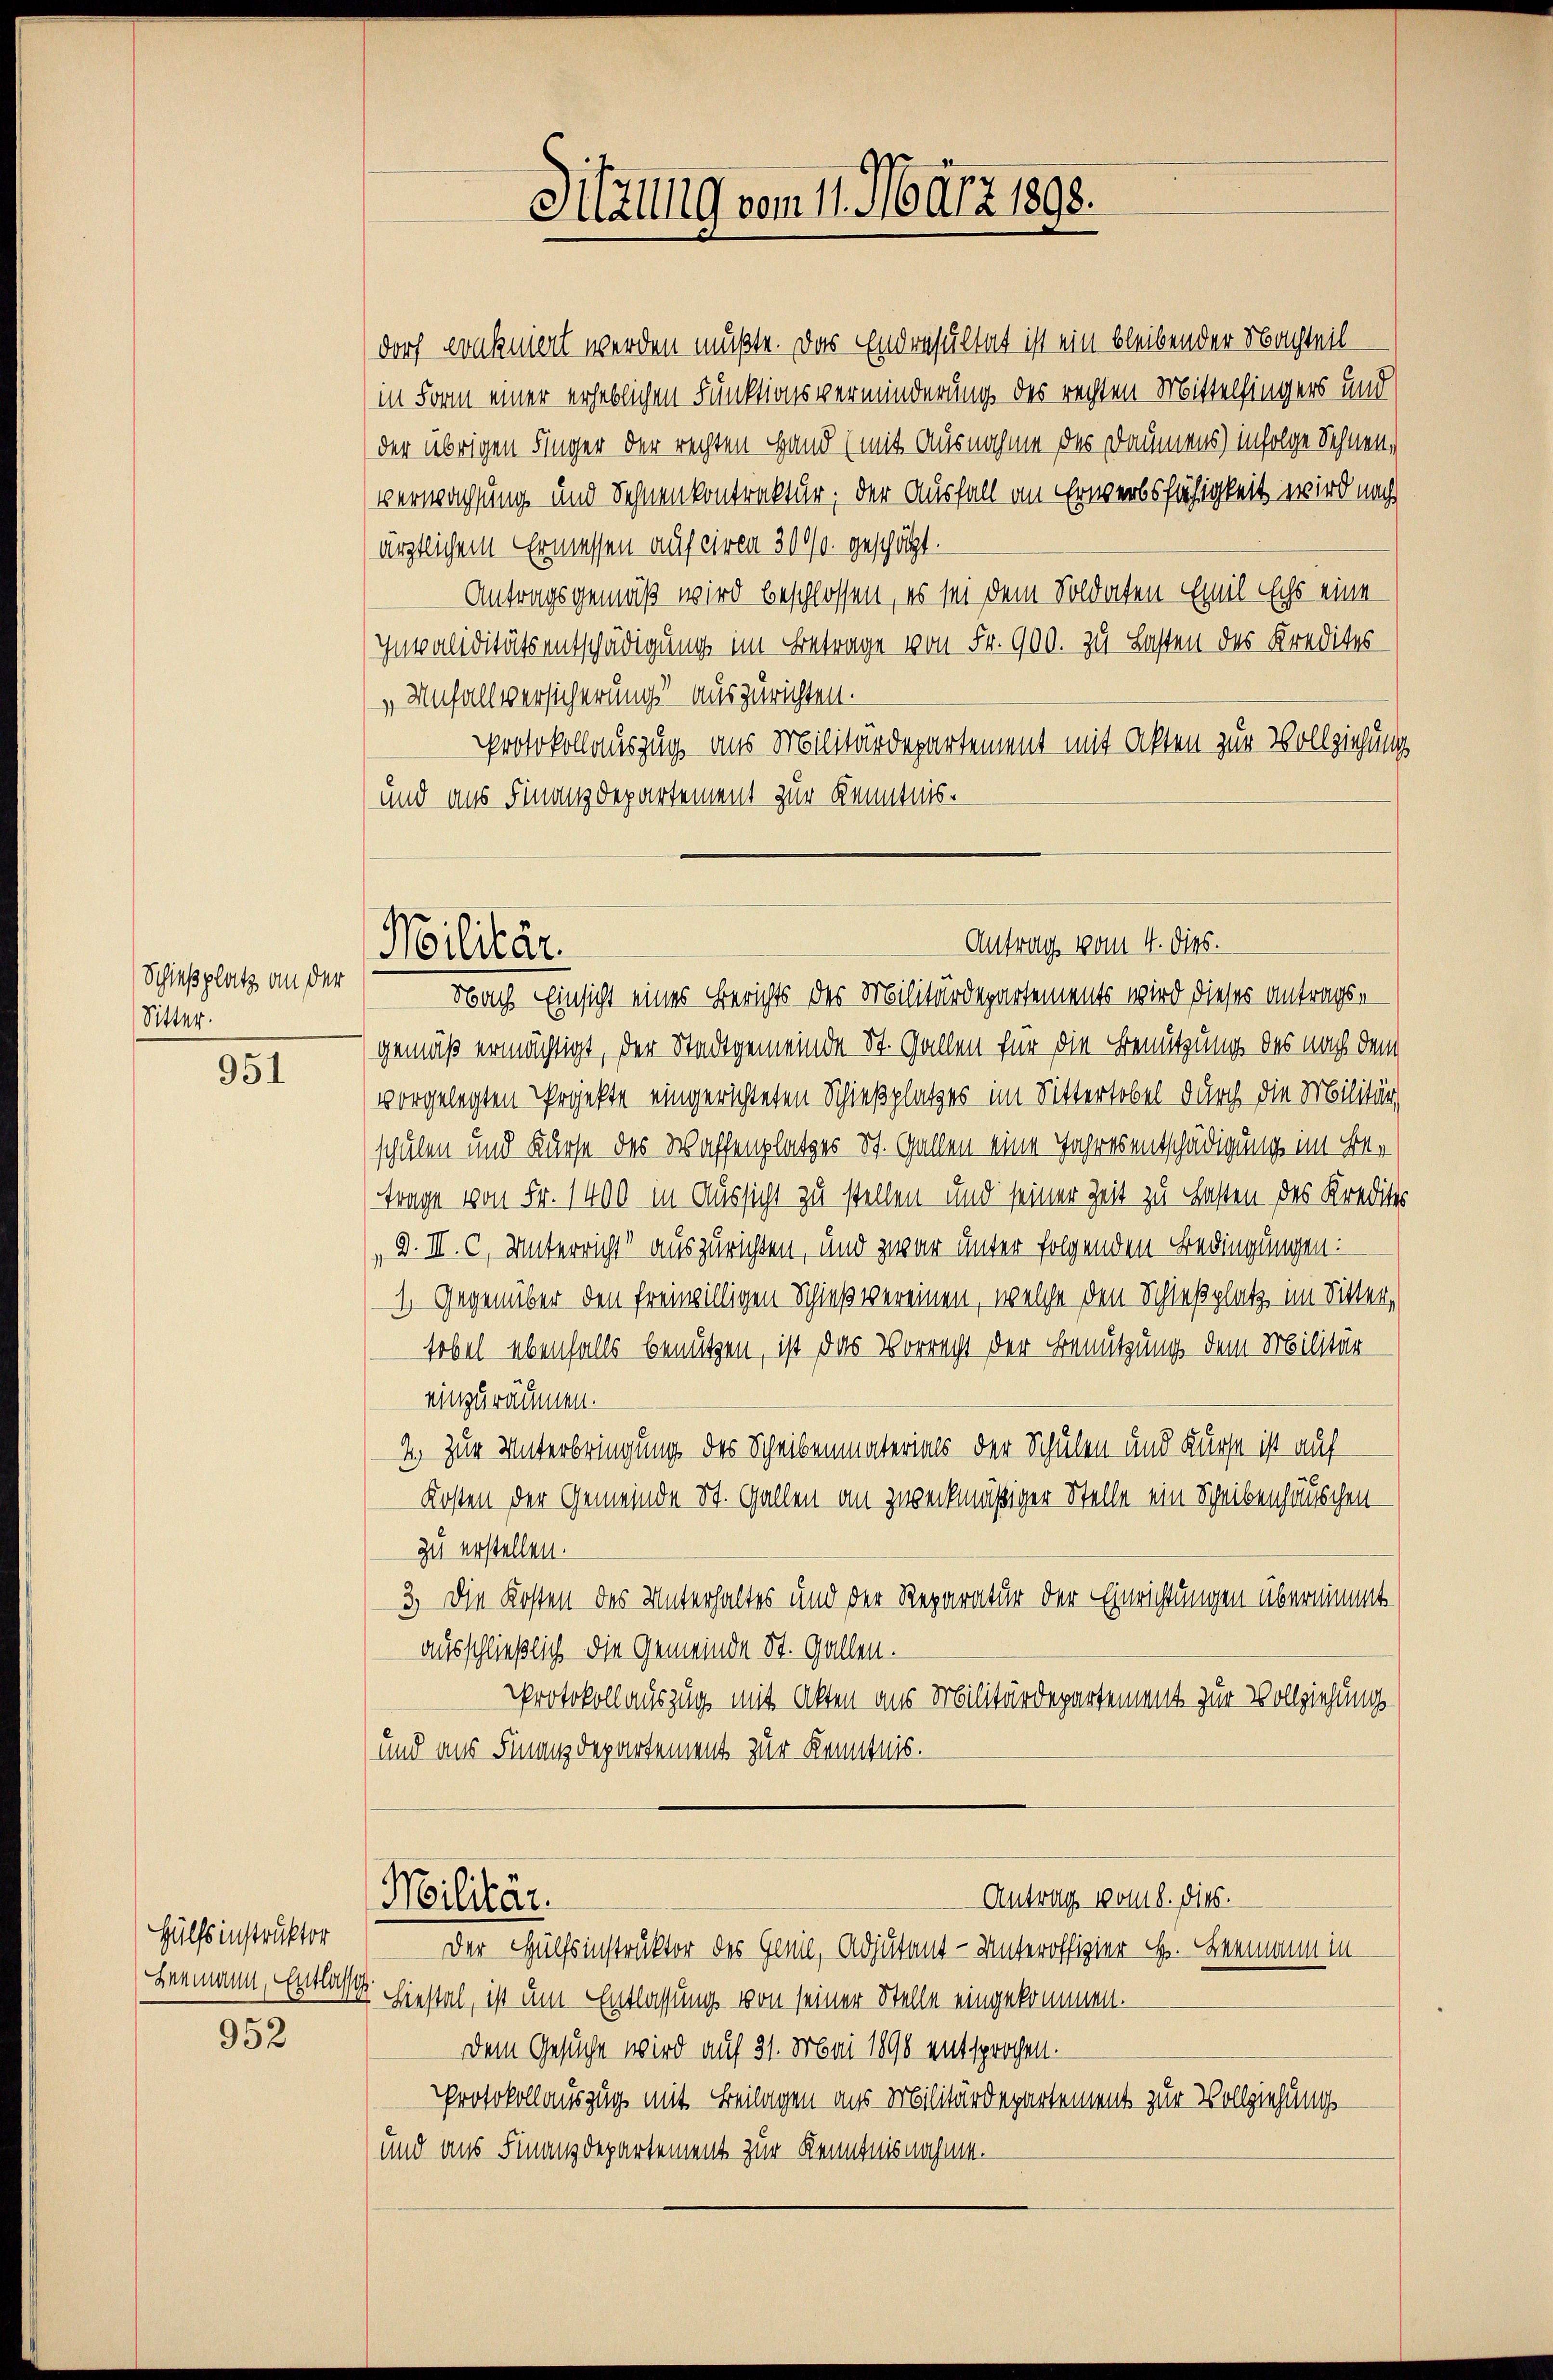
Schießplatz an der
Sitter.

951

Hülfsinstruktor
952

dorf vonkniert werden müßte. Das Endresultat ist ein bleibender Nachteil
(in Form einer erheblichen Funktionsverminderung des rechten Mittelfingers und
der übrigen Finger der rechten Hand (mit Ausnahme des Daumens) infolge Sehnen,
Verwachsung und Schnenkontraktur; der Ausfall an Erwerbsfähigkeit wird nach
ärztlichem Ermessen auf ciren 300/. geschätzt.
Antragsgemäß wird beschlossen, es sei dem Soldaten Emil Echs eine
Invaliditätsentschädigung im Betrage von Fr. 900. zu Lasten des Kredites
„Unfallversicherung auszurichten.
Protokollauszug aus Militärdepartement mit Akten zur Vollziehung
und aus Finanzdepartement zur Kenntnis-
Nach Einsicht eines Berichts des Militärdepartements wird dieses Antragse
gemäß ermächtigt, der Stadtgemeinde St. Gallen für die Benutzung des nach dem
vorgelegten Projekte eingerichteten Schießplatzes im Sittertobel durch die Militär,
schulen und Kurse des Waffenplatzes St. Gallen eine Jahresentschädigung im Be¬
Frage von Fr. 1400 in Aussicht zu stellen und seiner Zeit zu Fasten des Kreditor
d. III. C, Unterricht auszurichten, und zwar unter folgenden Bedingungen:
1. Gegenüber den freiwilligen Schießvereinen, welche den Schießplatz im Sitter,
sobel ebenfalls benutzen, ist das Vorrecht der Benutzung dem Militär
einzuräumen.
2.) Zur Unterbringung des Scheibenmaterials der Schulen und Kurse ist auf
Kosten der Gemeinde St. Gallen an zweckmäßiger Stelle ein Scheibenhäuschenzu erstellen.
3. Die Kosten des Unterhaltes und der Reparatur der Einrichtungen übernimmt.
ausschließlich die Gemeinde St. Gallen.
Protokollauszug mit Alten aus Militärdepartement zur Vollziehung
und aus Finanzdepartement zur Kenntnis.
Antrag voll l. dies.
Militär.
Der Hülfsinstruktor des Gemd, Adjutant- Unteroffizier H. Leemann in
Hermann, Entlasst hiestal, ist um Entlassung von seiner Stelle eingekommen.
Dem Gesuche wird auf 31. Mai 1890 entsprochen.
Protokollauszug mit Beilagen aus Militärdepartement zur Vollziehungs-
und aus Finanzdepartement zur Kenntnisnahme.

Sitzung vom 11. März 1898.

Antrag vom 4. dies.
Militär